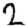
Digit: 2